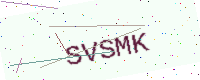
Text: SVSMK